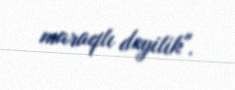
maraqlı deyilik".